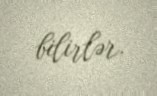
bilirlər.